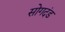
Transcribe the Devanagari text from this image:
सोगदंड